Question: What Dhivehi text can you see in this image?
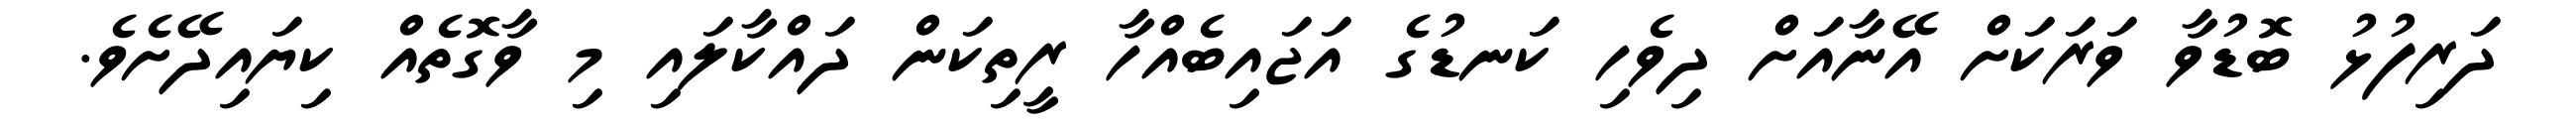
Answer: ދަރިފުޅު ބޮޑުވާ ވަރަކަށް އޭނާއަށް ދިވެހި ކަނޑުގެ އަޖައިބެއްހާ ރީތިކަން ދައްކާލައި މި ވާގޮތެއް ކިޔައިދޭށެވެ.